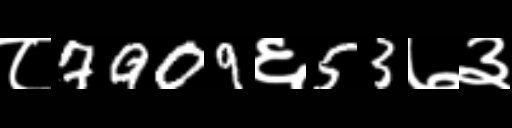
Text: ८7909६53७३